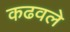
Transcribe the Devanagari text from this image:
कढवले